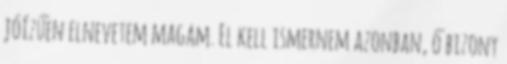
jóízűen elnevetem magam. El kell ismernem azonban, ő bizony